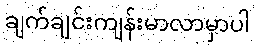
ချက်ချင်းကျန်းမာလာမှာပါ